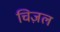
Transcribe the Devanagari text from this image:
चिज़ल